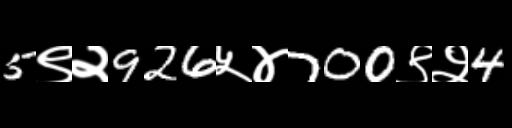
Text: 5९२926५४700९२4